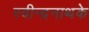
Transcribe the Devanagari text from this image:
रवीन्द्रनाथके